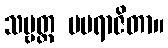
သဗ္ဗတ္ထ မပရာဇိတာ။